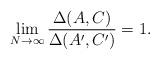
LaTeX: \begin{align*}\lim_{N \to \infty} \frac{\Delta(A,C)}{\Delta(A',C')}=1.\end{align*}